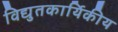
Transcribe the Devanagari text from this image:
विद्युतकार्यिकीय